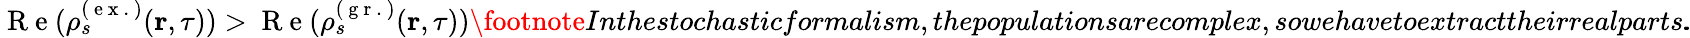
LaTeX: \mathrm{~R~e~}(\rho_{s}^{(\mathrm{~e~x~.~})}(\textbf{r},\tau))>\mathrm{~R~e~}(\rho_{s}^{(\mathrm{~g~r~.~})}(\textbf{r},\tau))\footnote{Inthestochasticformalism,thepopulationsarecomplex,sowehavetoextracttheirrealparts.}\! \! .